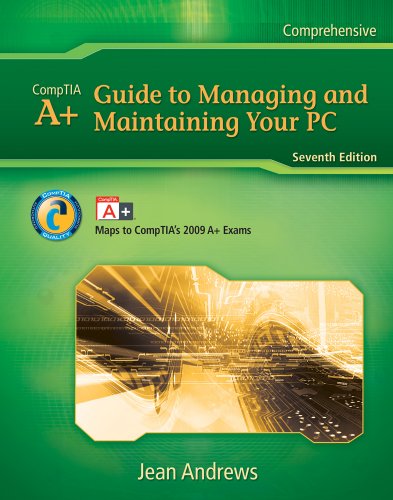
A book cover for Lab Manual for Andrews' A+ Guide to Managing & Maintaining Your PC (Test Preparation); Jean Andrews; Computers & Technology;